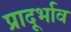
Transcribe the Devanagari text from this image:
प्रादूर्भाव